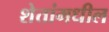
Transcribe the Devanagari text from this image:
शेतांमधील